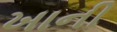
ખાની